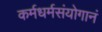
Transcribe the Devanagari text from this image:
कर्मधर्मसंयोगानं